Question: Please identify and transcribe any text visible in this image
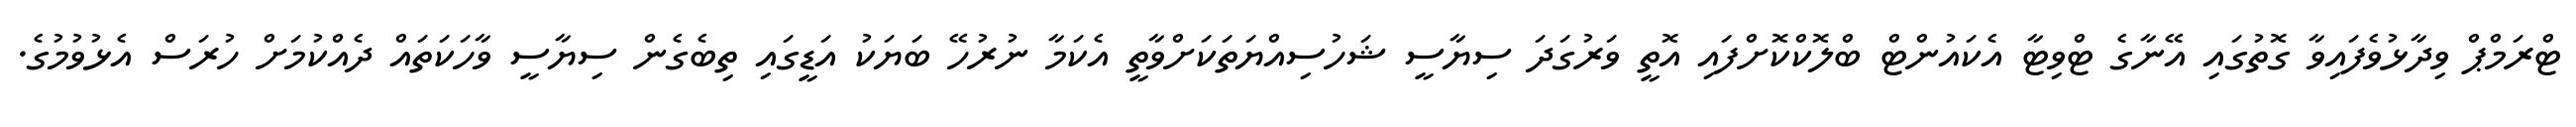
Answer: ޓްރަމްޕް ވިދާޅުވެފައިވާ ގޮތުގައި އޭނާގެ ޓްވިޓާ އެކައުންޓް ބްލޮކްކޮށްފައި އޮތީ ވަރުގަދަ ސިޔާސީ ޝަހުސިއްޔަތަކަށްވާތީ އެކަމާ ނުރުހޭ ބަޔަކު އަޑީގައި ތިބެގެން ސިޔާސީ ވާހަކަތައް ދެއްކުމަށް ހުރަސް އެޅުވުމުގެ.